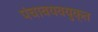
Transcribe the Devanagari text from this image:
पंचावयवयुक्त